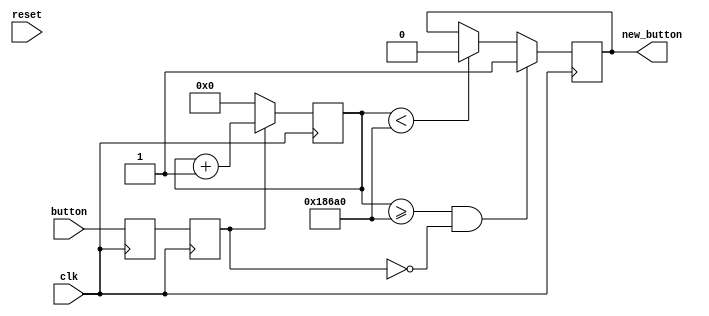
//*************************************************//
//             University of Thessaly              //
//                                                 //
//            ECE 340 Embedded Systems             //
//                                                 //
//                      Lab 1                      //
//       32-bit Floating Point Addition Unit       //
//*************************************************//
//          Topali Konstantina AEM: 2823           //
//                                                 //
// Contact: kyspyridon@uth.gr                      //
//          tokonstantina@uth.gr                   //
//*************************************************//
// Supervising Professor: Dr. Nikolaos Bellas      //
// Laboratory Assistant: Alexandros Patras         //
//*************************************************//

`timescale 1ns/10ps

module button_antibounce (clk, reset, button, new_button); 
  input button, clk, reset;
  output new_button;

  reg new_button;
  reg temp_button, button_sync;
  reg [29:0] counter;

  parameter limit = 100000;  // 10 (lower values used for simulation purposes) //

  // Button sychronizing. Two flip-flops connected in series //
  always @(posedge clk)
    begin
      temp_button <= button;
      button_sync <= temp_button;
    end

  // Button Debouncing //
  // If button_sync is equal to 0, initialize a counter to 0, else increment  //
  // the counter by 1.                                                        //
  // If the counter is < limit we are in the debouncing state and thus        //
  // new_button = 0.

  // If the counter is >= to limit and button_sync = 0, make new_button = 1.  //
  // This means that we have pressed the button and we are not in debouncing  //
  // state. The new_button is then synchronized propagated to the output.     //
  always @(posedge clk) 
    begin
      if (button_sync == 1'b1)
        begin
          counter <= counter + 1'b1;
        end
      else 
        begin
          counter <= 1'b0;
        end

      if (counter >= limit && button_sync == 1'b0)
        begin
          new_button <= 1'b1;           
        end
      else if (counter < limit)
        begin
          new_button <= 1'b0;
        end 
    end

endmodule